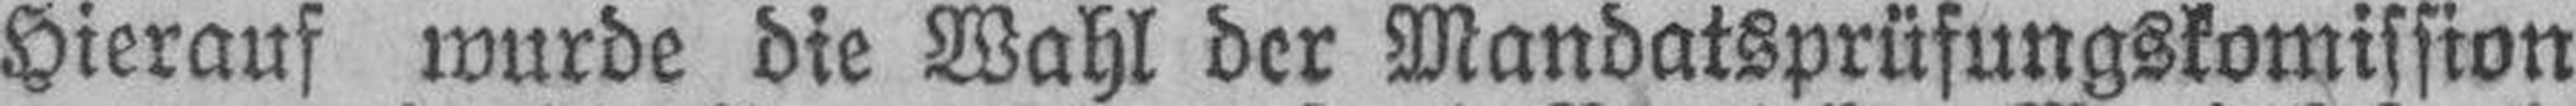
Hierauf wurde die Wahl der Mandatsprüfungskomission